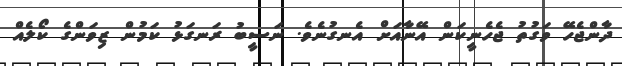
ދާންޖެހޭ ވަގުތު ޖެހެނީކަން އޭނާއަށް އެނގުނެވެ. ނަސީބު ރަނގަޅު ކަމުން ޒިވަންގެ ކޯލެއް